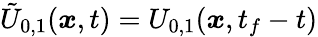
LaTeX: \tilde{U}_{0,1}({\boldsymbol{x}},t)=U_{0,1}({\boldsymbol{x}},t_{f}-t)